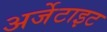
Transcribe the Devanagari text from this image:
अर्जेटाइट